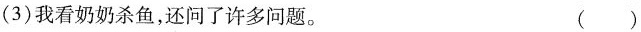
(3) 我看奶奶杀鱼，还问了许多问题。 ( )